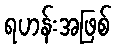
ရဟန်းအဖြစ်